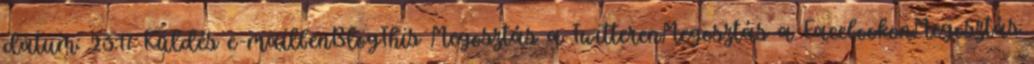
dátum: 23:17 Küldés e-mailbenBlogThis Megosztás a TwitterenMegosztás a FacebookonMegosztás